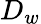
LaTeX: D_{w}